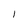
Character: l